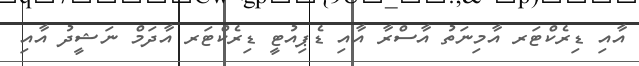
އާއި ޑިރެކްޓަރ އާމިނަތު އާސްރާ އާއި ޑެޕިއުޓީ ޑިރެކްޓަރ އާދަމް ނަޝީދު އާއި